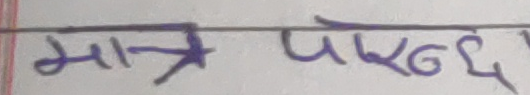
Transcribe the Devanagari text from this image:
मात्र पाइन्छ।